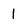
Character: 1